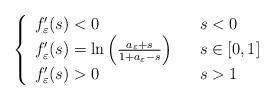
LaTeX: \begin{align*}\left\{\begin{array}[c]{lll}f_{\varepsilon}^{\prime}(s)<0 & & s<0\\f_{\varepsilon}^{\prime}(s)=\ln\left( \frac{a_{\varepsilon}+s}{1+a_{\varepsilon}-s}\right) & & s\in\lbrack0,1]\\f_{\varepsilon}^{\prime}(s)>0 & & s>1\end{array}\right. \end{align*}